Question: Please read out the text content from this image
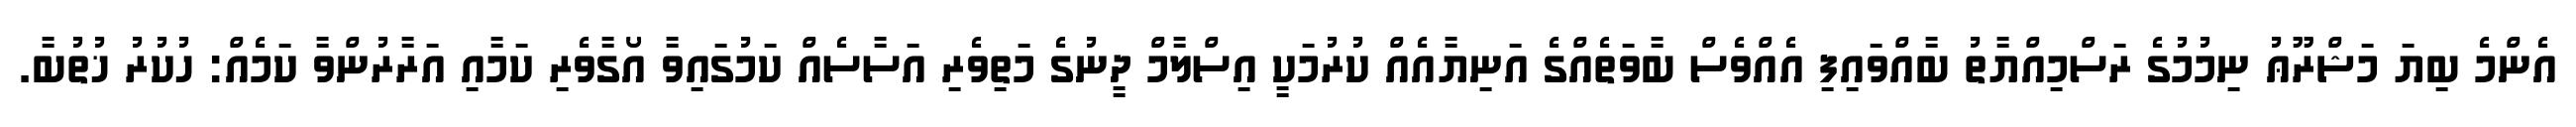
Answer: އެންމެ ބިޔަ މަޝްރޫޢު ނިމުމުގެ ރަސްމިއްޔާތު ބާއްވައިފި އެއްވެސް ބާވަތެއްގެ އަނިޔާއެއް ކުރުމަކީ އިސްލާމް ދީނުގެ މަތިވެރި އަސާސެއް ކަމުގައިވާ އޯގާވެރި ކަމާއި އަރާރުންވާ ކަމެއް: ހުކުރު ޚުތުބާ.